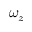
\omega _ { z }